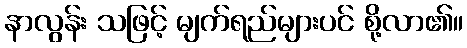
နာလွန်း သဖြင့် မျက်ရည်များပင် စို့လာ၏။